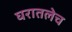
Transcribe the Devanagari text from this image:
घरातलेच